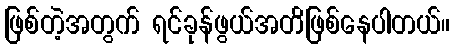
ဖြစ်တဲ့အတွက် ရင်ခုန်ဖွယ်အတိဖြစ်နေပါတယ်။